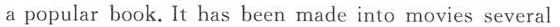
a popular book.It has been made into movies several